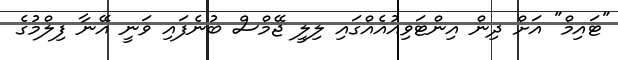
"ޓައިމް" އަށް ދިން އިންޓަވިއުއެއްގައި ލިލީ ޖޭމްސް ބުނެފައި ވަނީ އޭނާ ފިލްމުގެ